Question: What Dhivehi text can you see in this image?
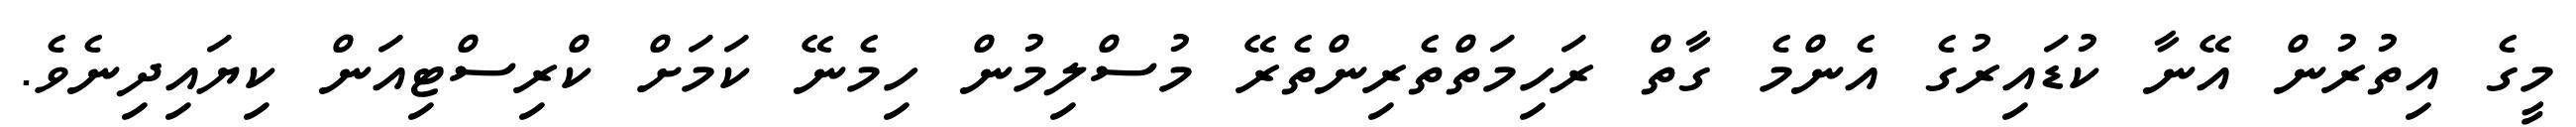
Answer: މީގެ އިތުރުން އޭނާ ކުޑައިރުގެ އެންމެ ގާތް ރަހިމަތްތެރިންތެރޭ މުސްލިމުން ހިމެނޭ ކަމަށް ކްރިސްޓިއަން ކިޔައިދިނެވެ.